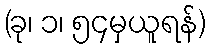
(ခု၊ ၁၊ ၅၄မှယူရန်)